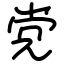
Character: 党